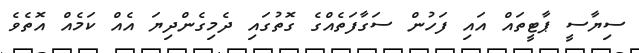
ސިޔާސީ ޕާޓީތައް އައި ފަހުން ސަގާފަތެއްގެ ގޮތުގައި ދެމިގެންދިޔަ އެއް ކަމެއް އޮތެވެ